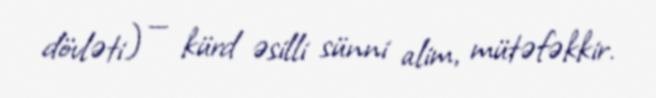
dövləti) — kürd əsilli sünni alim, mütəfəkkir.